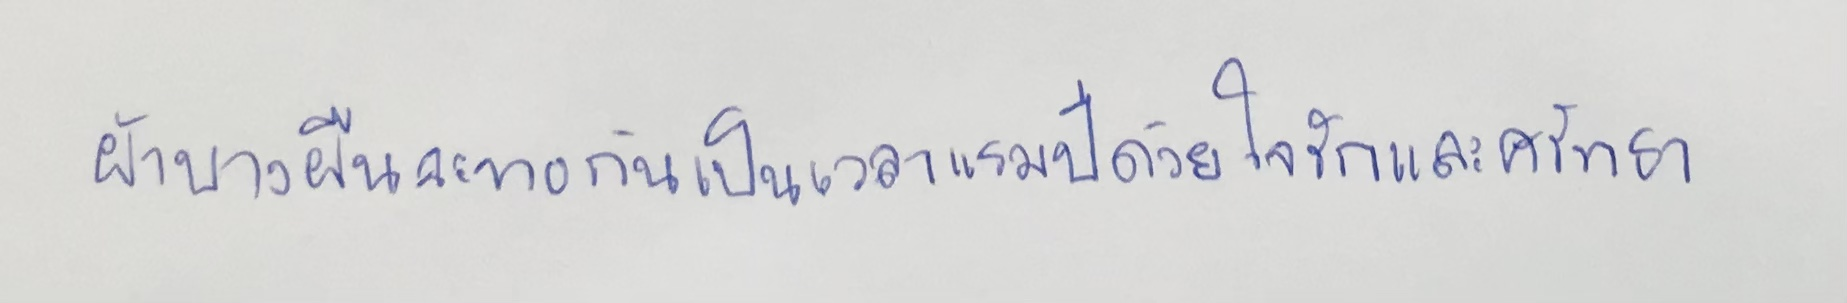
ผ้าบางผืนจะทอกันเป็นเวลาแรมปีด้วยใจรักและศรัทธา